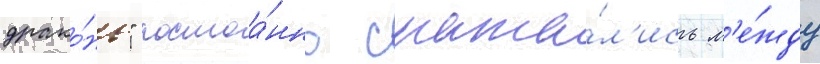
драко́ны" постоа́нно сража́л'ись м'е́жду